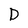
Character: D